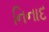
નિનાદ